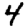
Digit: 4